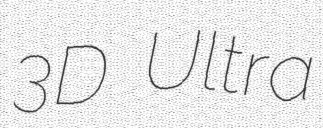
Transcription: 3D Ultra